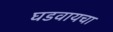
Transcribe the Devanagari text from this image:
घडवायचा